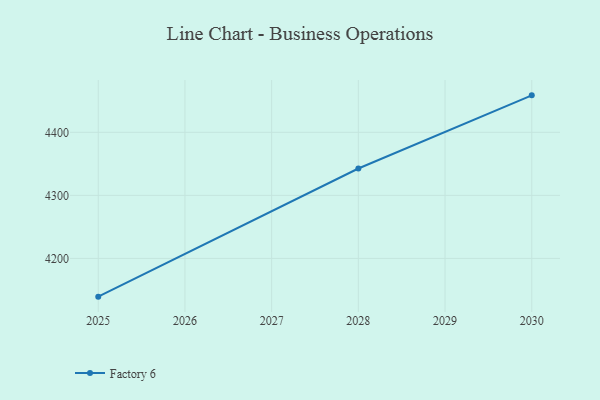
{"axis": {"x": "Year", "y": "Waste Production (Tons)"}, "legend": ["Factory 6"], "data": [{"x": "2030", "y": 4458.6, "type": "Factory 6"}, {"x": "2028", "y": 4342.6, "type": "Factory 6"}, {"x": "2025", "y": 4139.4, "type": "Factory 6"}]}